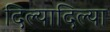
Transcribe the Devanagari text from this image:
दिल्यादिल्या